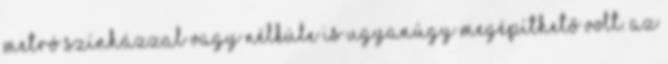
metró színházzal vagy nélküle is ugyanúgy megépíthető volt. Az